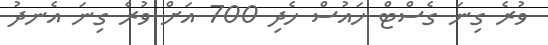
ވުރެ ގިނަ ގެސްޓް ހައުސް ހެދި 700 އަށް ވުރެ ގިނަ އެނދު